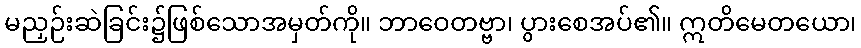
မညှဉ်းဆဲခြင်း၌ဖြစ်သောအမှတ်ကို။ ဘာဝေတဗ္ဗာ၊ ပွားစေအပ်၏။ ဣတိမေတယော၊